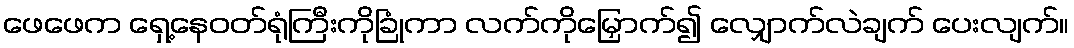
ဖေဖေက ရှေ့နေဝတ်ရုံကြီးကိုခြုံကာ လက်ကိုမြှောက်၍ လျှောက်လဲချက် ပေးလျက်။